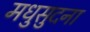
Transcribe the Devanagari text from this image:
मधुसुदना